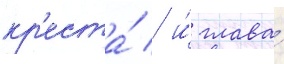
кр'еста́ / и́ глава́